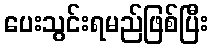
ပေးသွင်းရမည်ဖြစ်ပြီး